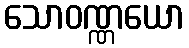
သောဝဏ္ဏယော